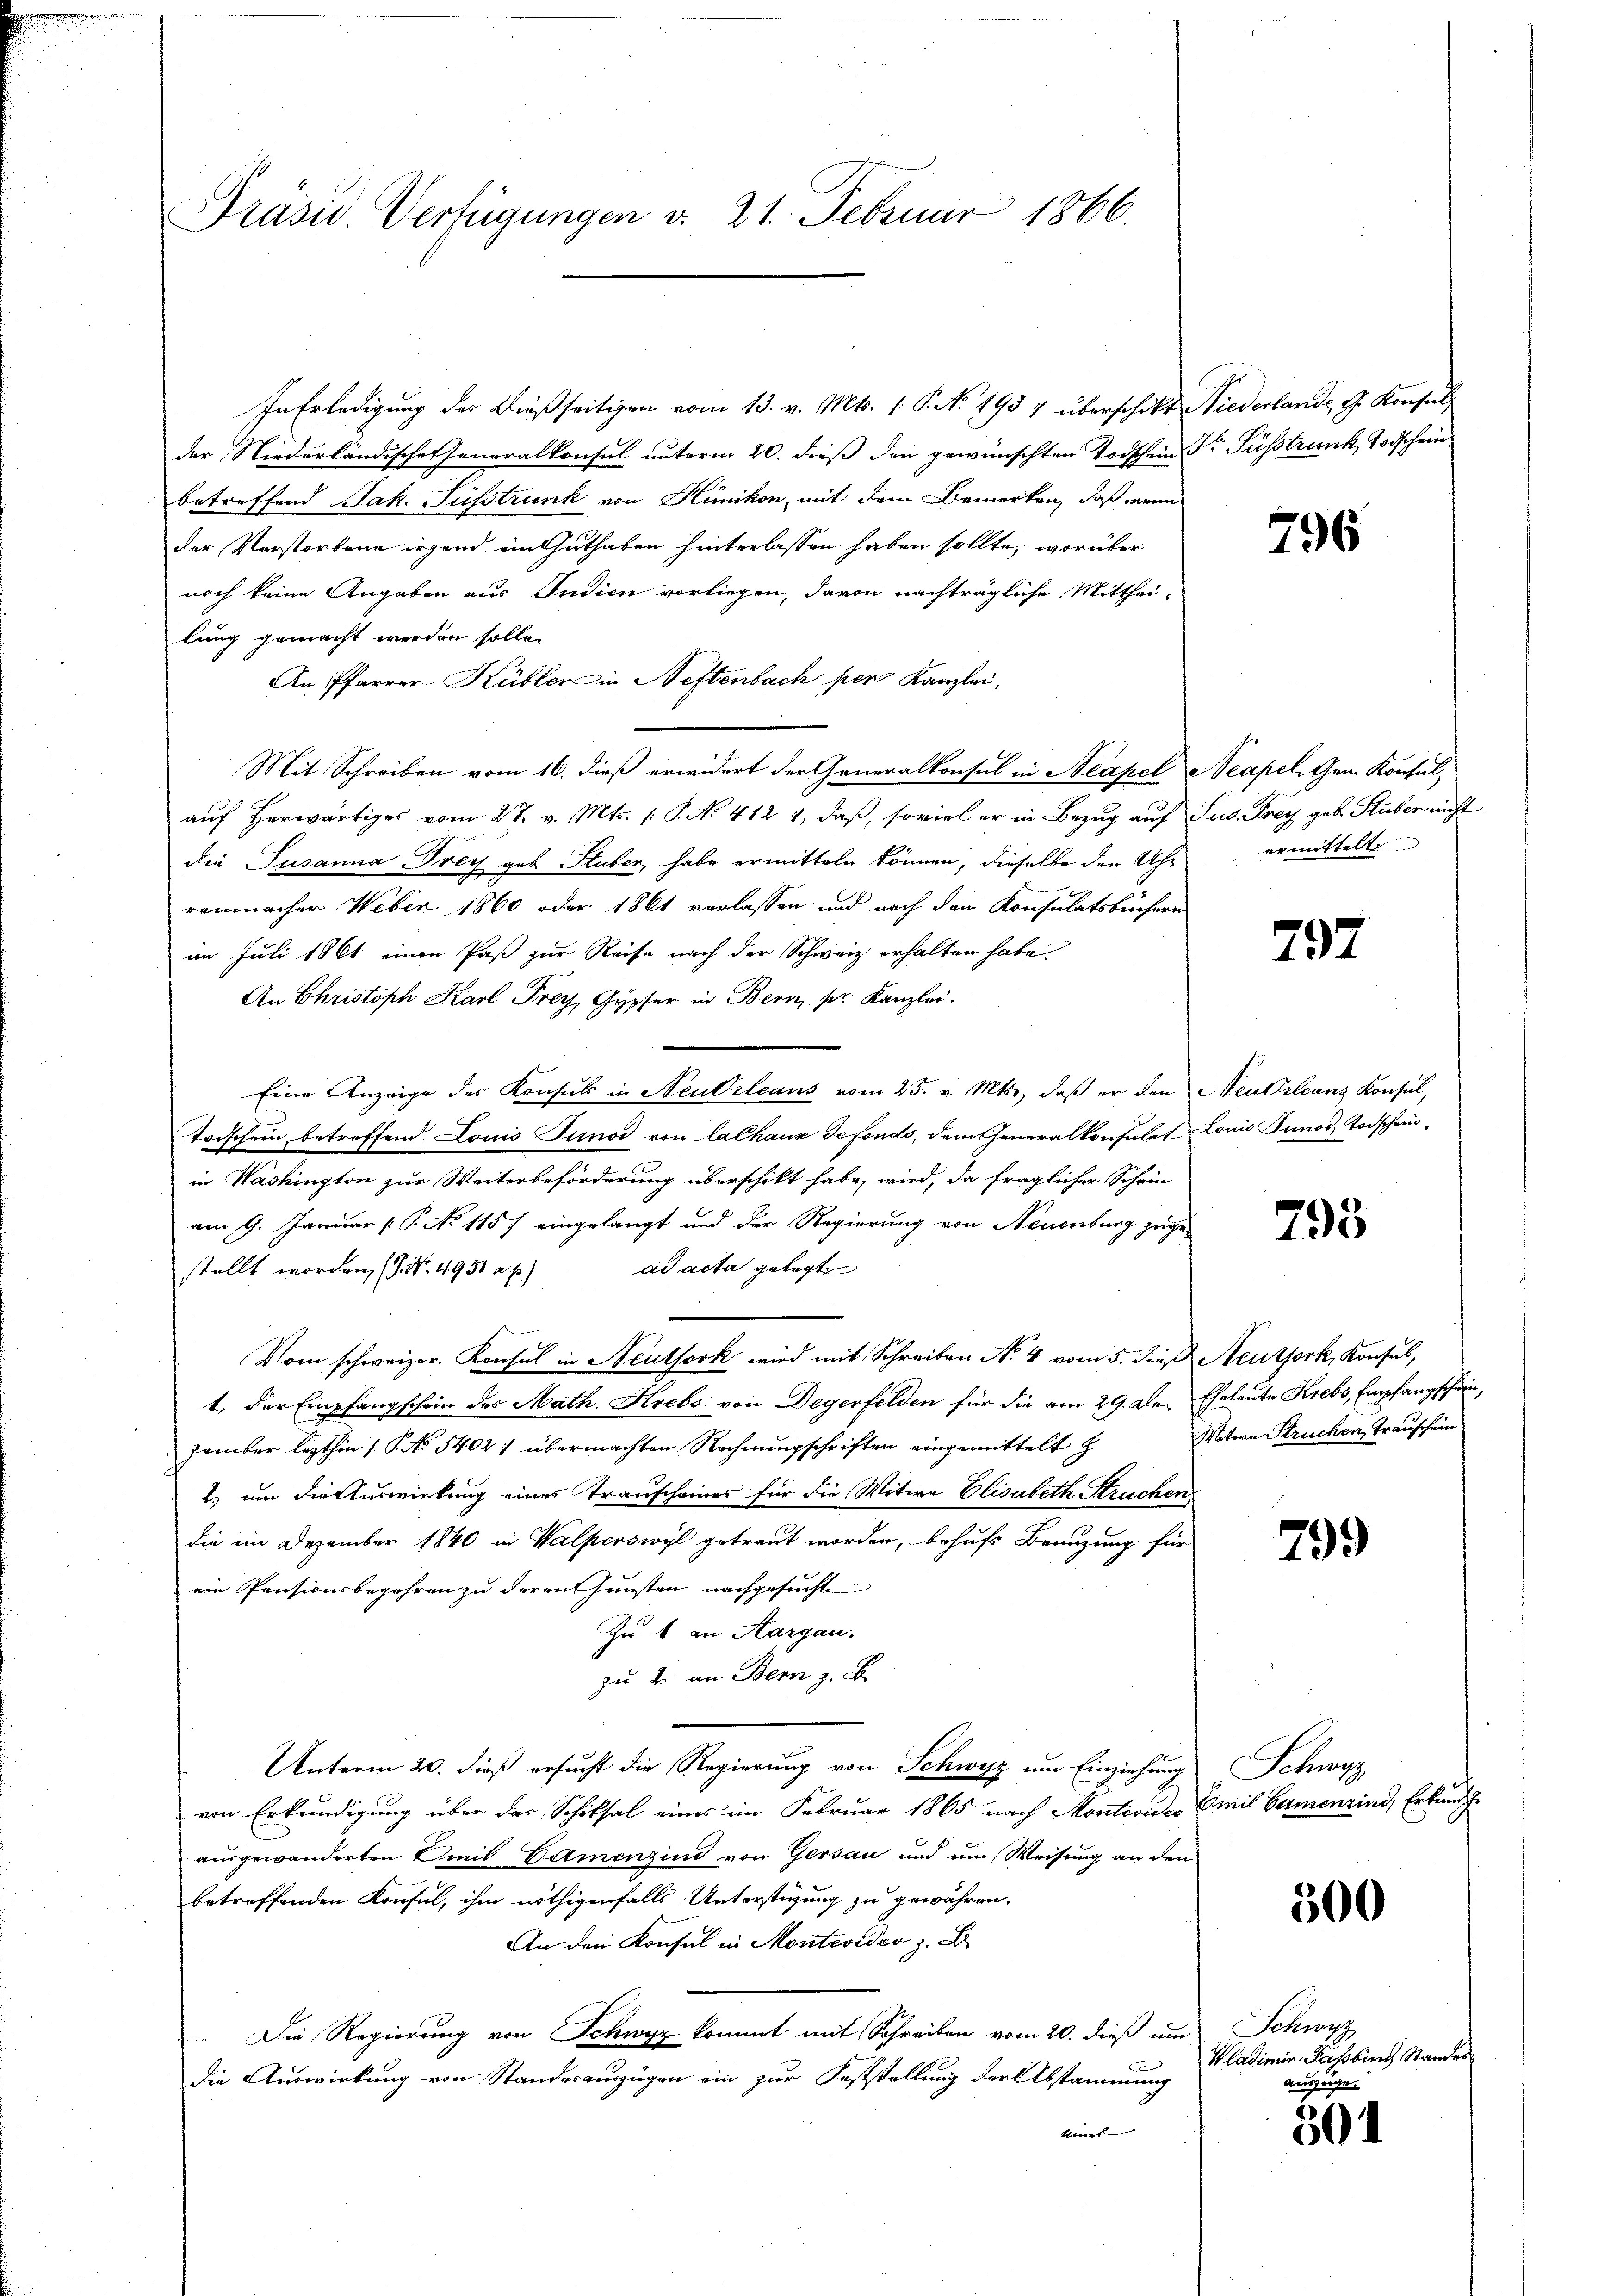
Präsid. Verfügungen d. 21. Februar 1866.

In Erledigung der dießseitigen vom 13. v. Mts. (T. N. 1957 überschikt
der Niederländische Generalkonsul unterm 20. dieß den gewünschten Todschein Dr Fusstrank, Todschein
betreffend Jak. Fußstrunk von Hünikon, mit dem Bemerken, daß wenn
der Verstorbene irgend ein Guthaben hinterlassen haben sollte, worüber
noch keine Angaben aus Judien vorliegen, davon nachträgliche Mitthei-
lung gemacht werden solle.
An Pfarrer Kübler in Neftenbach per Kanzlei.
Mit Schreiben vom 16. dieß erwidert der Generalkonsul in Neapel Neapel Gen. Konsul,
auf Herwärtiges vom 27. v. Mts. 1 P. No 412 1, daß, soviel er in Bezug auf
die Susanna Frey geb. Stuber, habe ermitteln können, dieselbe den Uhr
remnacher Weber 1860 oder 1861 verlassen und nach den Konsulatsbüchern
im Juli 1861 einen Paß zur Reise nach der Schweiz erhalten habe.
An Christoph Karl Frey, Gypfer in Bern, ser Kanzlei.
Eine Anzeige des Konsuls in Neubrleans vom 25. v. Mts., daß er den
trischein betreffend. Louis Tunod von lalhaus defonds, dem Generalkonsulat
in Washington zur Weiterbeförderung überschikt habe, wird, da fraglicher Schein
am 9. Januar [ P. No 115) eingelangt und der Regierung von Neuenburg zugead acta gelegt
stellt worden, (9. No. 4951 a. p.)
Vom schweizer. Konsul in Neuthork wird mit Schreiben No 4 vom 5. dieß Neuthork, Konsul,
1.) Der Empfangschein des Math. Krebs von Degerfelden für die am 29. Dezember lezthin (§. No. 5402 1 übermachten Rechnungschriften eingemittelt h
) um die Auswirkung eines Transcheines für die Witwe Elisabeth Struchen,
die im Dezember 1840 in Walperswyl getraut worden, behufs Benuzung für
ein Pensionsbegehren zu deren Gunsten nachgesucht
Zu t an Aargau.
zu 2. an Bern z. B.
Unterm 20. dieß ersucht die Regierung von Schwyz um Einziehung
von Erkundigung über das Schiksal eines im Februar 1865 nach Montevide
ausgewanderten Emil Gamenzind von Gersau und um Weisung an den
betreffenden Konsul, ihm nöthigenfalls Unterstüzung zu gewähren.
An den Konsul in Montevider z.
Die Regierung von Schwyz kommt mit Schreiben vom 20. dieß um Schwyz
die Auswirkung von Standesauszügen ein zur Feststellung der Abstammung
keiner

Niederlande, G. Konsul

796

Jus. Frey geb. Stuber nicht
ermittelt

792

Neu Orleans Konsul,
Louis Junos, Todschrei¬

793

Eheleute Krebs, Empfangschein,
Vatern Strechen Transchein

799

Schu
Emil Samenrind, Erband g

300

Wladimir Passing Standes

auszuge.
301